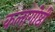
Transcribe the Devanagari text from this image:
कलागोष्ठी